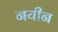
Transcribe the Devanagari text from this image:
नयीन